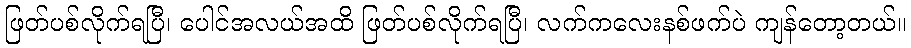
ဖြတ်ပစ်လိုက်ရပြီ၊ ပေါင်အလယ်အထိ ဖြတ်ပစ်လိုက်ရပြီ၊ လက်ကလေးနစ်ဖက်ပဲ ကျန်တော့တယ်။